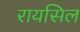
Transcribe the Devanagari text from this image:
रायसिल